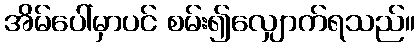
အိမ်ပေါ်မှာပင် စမ်း၍လျှောက်ရသည်။